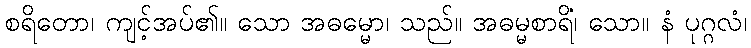
စရိတော၊ ကျင့်အပ်၏။ သော အဓမ္မော၊ သည်။ အဓမ္မစာရိံ၊ သော။ နံ ပုဂ္ဂလံ၊